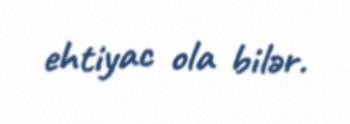
ehtiyac ola bilər.